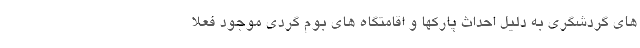
های گردشگری به دلیل احداث پارکها و اقامتگاه های بوم گردی موجود فعلا